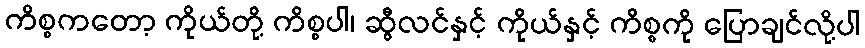
ကိစ္စကတော့ ကိုယ်တို့ ကိစ္စပါ၊ ဆွီလင်နှင့် ကိုယ်နှင့် ကိစ္စကို ပြောချင်လို့ပါ